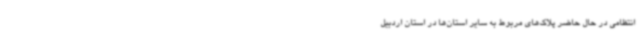
انتظامی در حال حاضر پلاک‌های مربوط به سایر استان‌ها در استان اردبیل